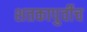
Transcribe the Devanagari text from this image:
शतकापुर्वीच